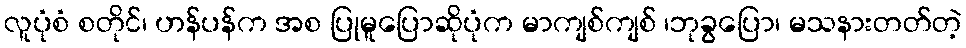
လူပုံစံ စတိုင်၊ ဟန်ပန်က အစ ပြုမူပြောဆိုပုံက မာကျစ်ကျစ် ၊ဘုခွပြော၊ မသနားတတ်တဲ့